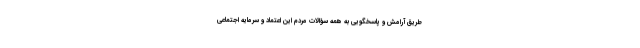
طریق آرامش و پاسخگویی به همه سؤالات مردم این اعتماد و سرمایه اجتماعی